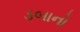
ડબાનો